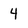
Character: 4